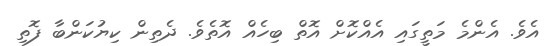
އެވެ. އެންމެ މަތީގައި އެއްކޮށް އޮތް ބިހެއް އޮތެވެ. ދެތިން ކިޔުކަންބާ ފޮތި